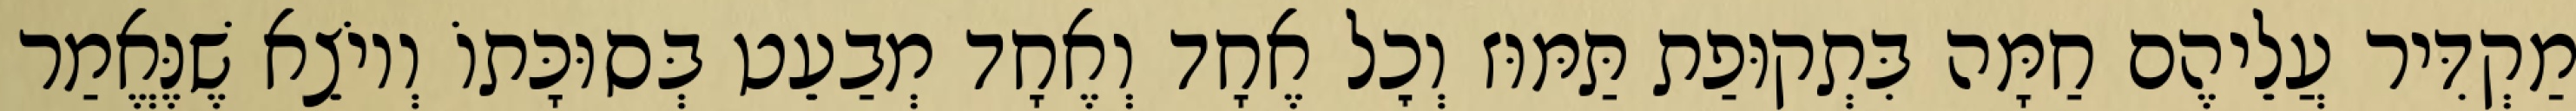
מַקְדִּיר עֲלֵיהֶם חַמָּה בִּתְקוּפַת תַּמּוּז וְכׇל אֶחָד וְאֶחָד מְבַעֵט בְּסוּכָּתוֹ וְיוֹצֵא שֶׁנֶּאֱמַר